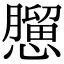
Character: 𢣠